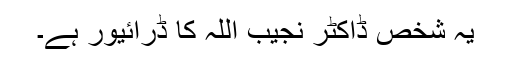
یہ شخص ڈاکٹر نجیب اللہ کا ڈرائیور ہے۔